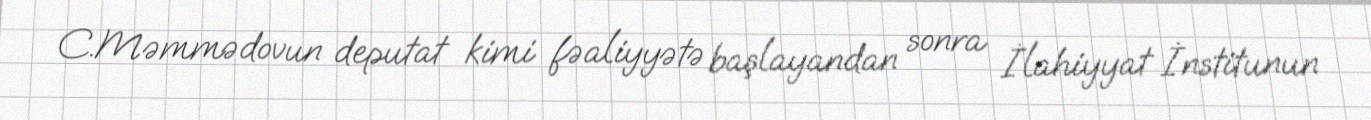
C.Məmmədovun deputat kimi fəaliyyətə başlayandan sonra İlahiyyat İnstitunun